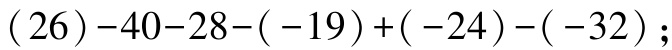
\((26)-40 - 28 - (-19)+(-24)-(-32);\)